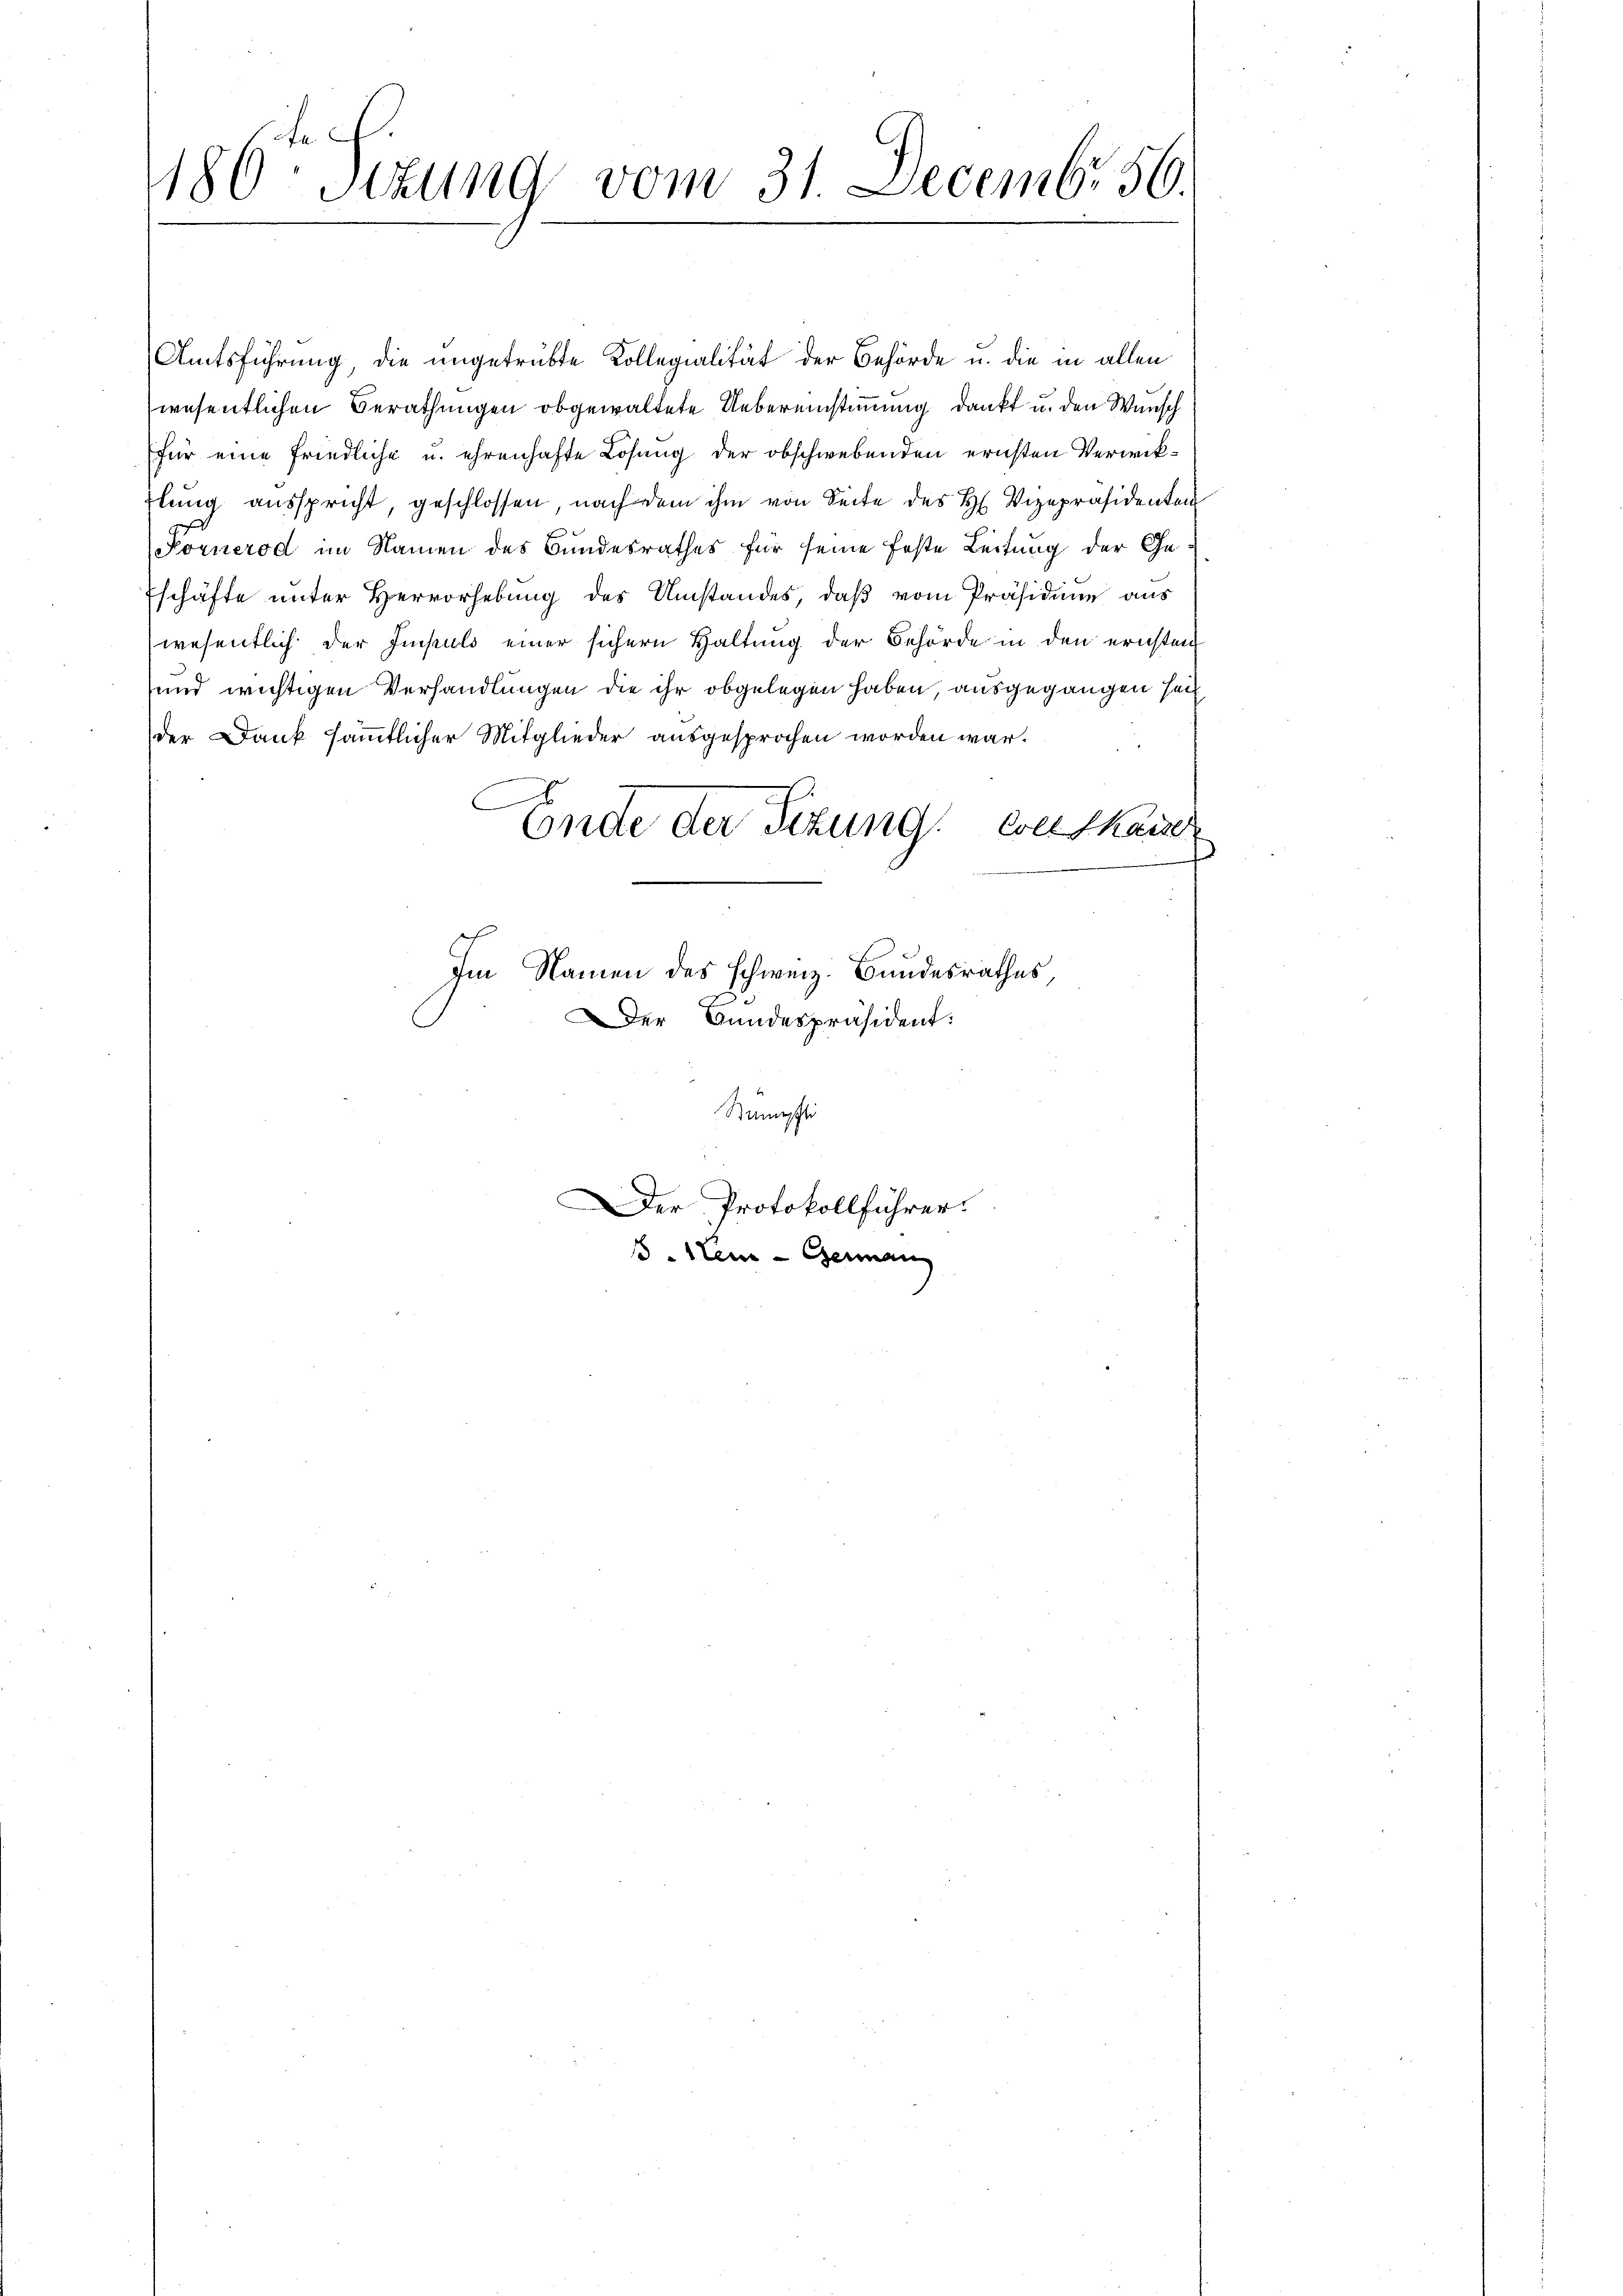
1186 Sizung vom 31. Decemb. 56.

Amtsführung, die ungetrübte Kollegialität der Behörde u. die in allen
wesentlichen Berathungen obgewaltete Uebereinstimmung dankt u. den Wunsch
für eine friedliche u. ehrenhafte Losung der obschwebenden ernsten Verwiklung ausspricht, geschlossen, nach dem ihm von Seite des H. Vizepräsidenten
Körnerod im Namen des Bundesrathes für seine feste Leitung der Ge¬
Eschäfte unter Hervorhebung des Umstandes, daß vom Präsidium aus
wesentlich der Impuls einer sichern Haltung der Behörde in den ernsten
und wichtigen Verhandlungen die ihr obgelegen haben, ausgegangen seit
der Dank sämmtlicher Mitglieder ausgesprochen worden war.
.
Ende der Sitzung. Weltkaiser
Im Namen des schweiz. Bundesrathes
Der Bundespräsident:
Stämmli
Der Protokollführer.
Neu - German